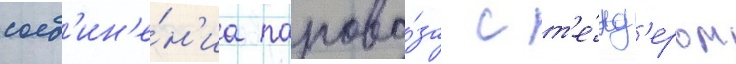
соед'ин'е́н'иа парово́за с т'е́нд'ером